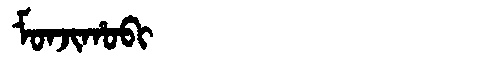
Manchu: ᠮᠣᠨᠵᡳᡥᠣᠪᡳ
Romanization: MONJIHOBI